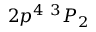
{ 2 p ^ { 4 } ~ ^ { 3 } P _ { 2 } }